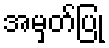
အမှတ်ပြု